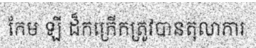
កែម ឡី ដ៏កក្រើកត្រូវបានតុលាការ